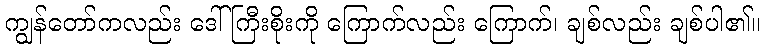
ကျွန်တော်ကလည်း ဒေါ်ကြီးစိုးကို ကြောက်လည်း ကြောက်၊ ချစ်လည်း ချစ်ပါ၏။